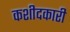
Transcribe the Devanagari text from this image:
कशीदकारी